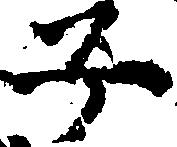
子